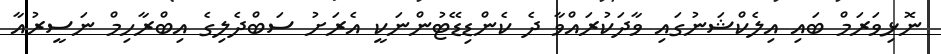
ނޮޅިވަރަމް ބައި އިލެކްޝަނުގައި ވާދަކުރައްވާ ދެ ކެންޑިޑޭޓުންނަކީ އެރަށު ސަބްދެލިގެ އިބްރާހިމް ނަސީރުއާ